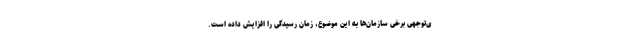
ی‌توجهی برخی سازمان‌ها به این موضوع، زمان رسیدگی را افزایش داده است.